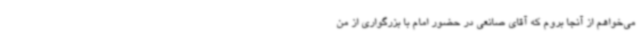
می‌خواهم از آنجا بروم که آقای صانعی در حضور امام با بزرگواری از من